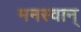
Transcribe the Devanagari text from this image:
मनस्वान्